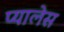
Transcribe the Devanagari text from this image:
प्यालेस